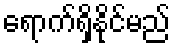
ရောက်ရှိနိုင်မည်